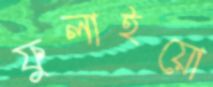
ফুলাইয়ো